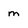
Character: m